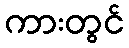
ကားတွင်